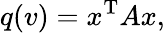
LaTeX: q(v)=x^{\mathrm{T}}Ax,